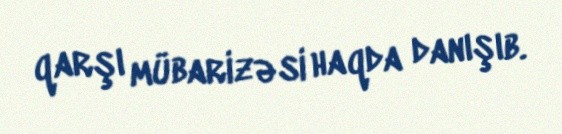
qarşı mübarizəsi haqda danışıb.